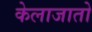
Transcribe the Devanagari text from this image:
केलाजातो